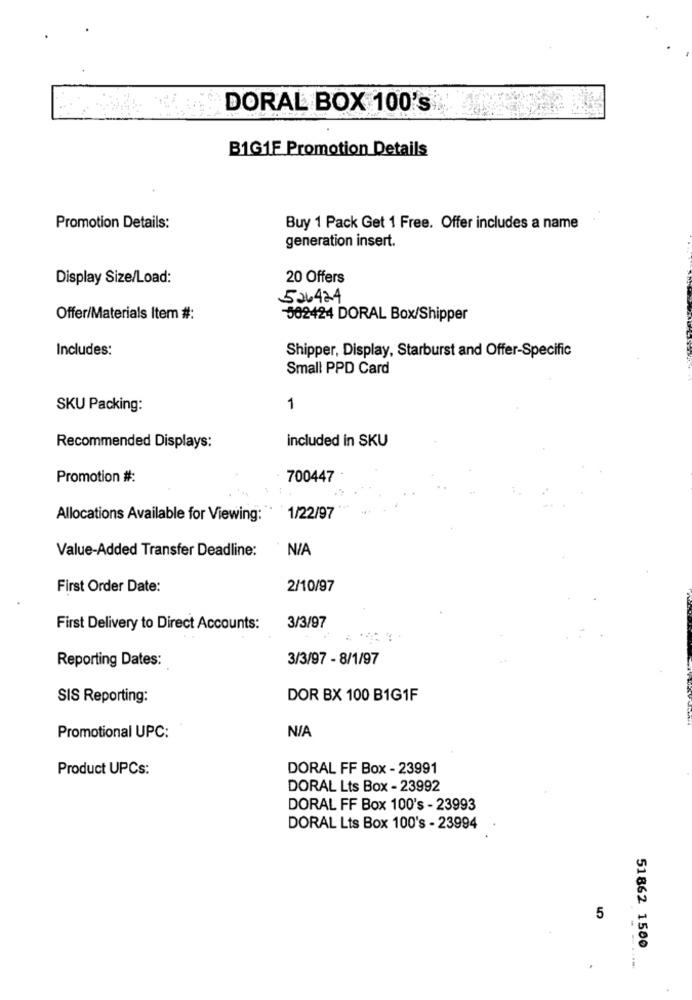
DORAL BOX 100's
B1G1F Promotion Details
Promotion Details:
Buy 1 Pack Get 1 Free. Offer includes a name
generation insert.
Display Size/Load:
20 Offers
526424
Offer/Materials Item #:
502424 DORAL Box/Shipper
Includes:
Shipper, Display, Starburst and Offer-Specific
Small PPD Card
SKU Packing:
1
included in SKU
Recommended Displays:
Promotion #:
700447
Allocations Available for Viewing:
1/22/97
Value-Added Transfer Deadline:
First Order Date:
2/10/97
First Delivery to Direct Accounts:
3/3/97
Reporting Dates:
3/3/97 - 8/1/97
SIS Reporting:
DOR BX 100 B1G1F
Promotional UPC:
Product UPCs:
DORAL FF Box - 23991
DORAL Lts Box - 23992
DORAL FF Box 100's - 23993
DORAL Lts Box 100's - 23994
5
51862 1500